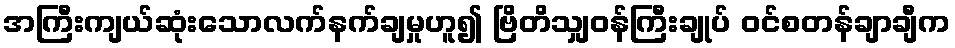
အကြီးကျယ်ဆုံးသောလက်နက်ချမှုဟူ၍ ဗြိတိသျှဝန်ကြီးချုပ် ဝင်စတန်ချာချီက